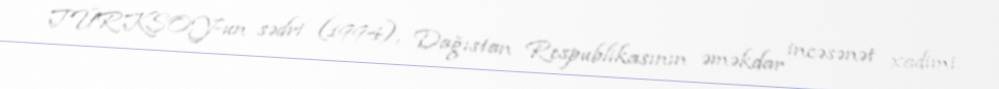
TÜRKSOY-un sədri (1994), Dağıstan Respublikasının əməkdar incəsənət xadimi.